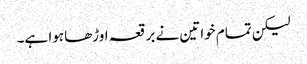
لیکن تمام خواتین نے برقعہ اوڑھا ہوا ہے۔